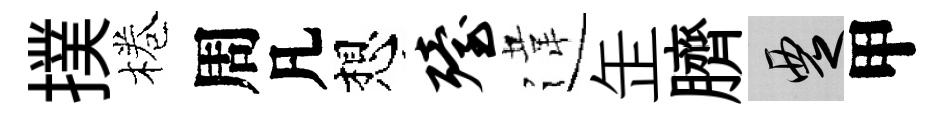
撲棬周凡想殪違𦈢臍覂甲